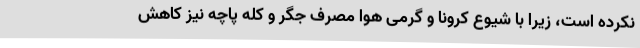
نکرده است، زیرا با شیوع کرونا و گرمی هوا مصرف جگر و کله پاچه نیز کاهش